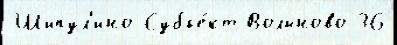
Шипул'ино Субъе́кт Волыново 36